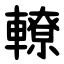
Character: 轑